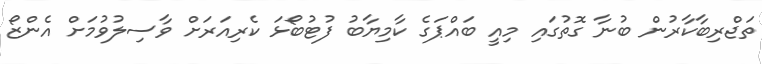
ތަޖްރިބާކާރުން ބުނާ ގޮތުގައި މިއީ ބައްޕަގެ ކާމިޔާބު ފުޓުބޯޅަ ކެރިއަރަށް ވާސިލުވުމަށް އެންޒޯ